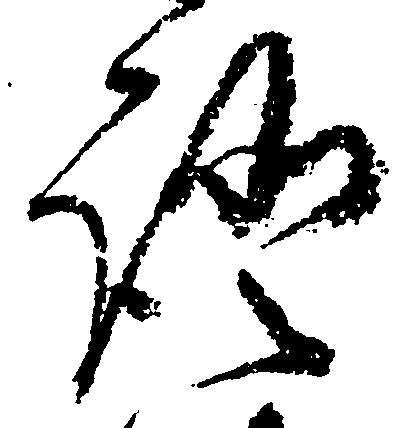
証